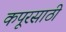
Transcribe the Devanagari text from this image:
कपूरसाठी